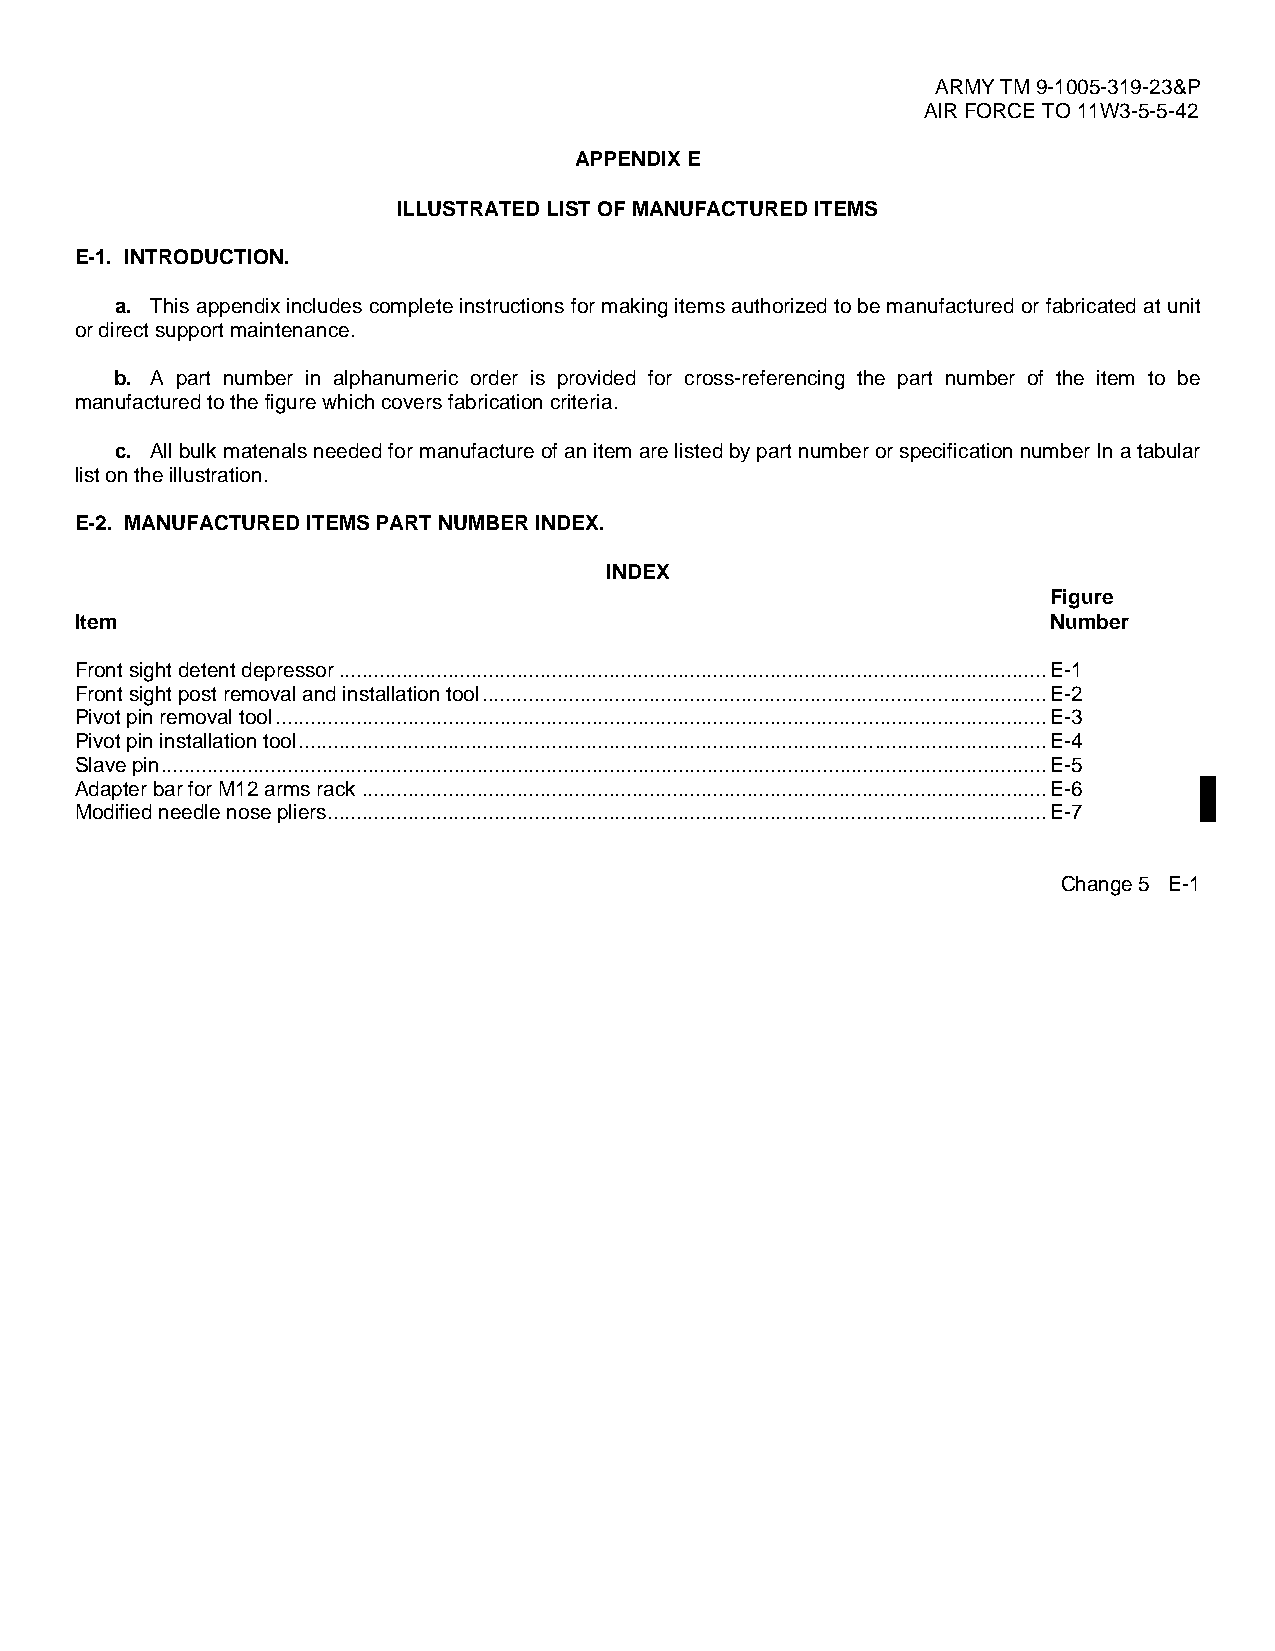
ARMY TM 9-1005-319-23&P
 AIR FORCE TO 11W3-5-5-42
 APPENDIX E
 ILLUSTRATED LIST OF MANUFACTURED ITEMS
 E-1. INTRODUCTION.
 a. This appendix includes complete instructions for making items authorized to be manufactured or fabricated at unit
 or direct support maintenance.
 b. A part number in alphanumeric order is provided for cross-referencing the part number of the item to be
 manufactured to the figure which covers fabrication criteria.
 c. All bulk matenals needed for manufacture of an item are listed by part number or specification number In a tabular
 list on the illustration.
 E-2. MANUFACTURED ITEMS PART NUMBER INDEX.
 INDEX
 Figure
 Item                                                             Number
 Front sight detent depressor...........................................................................................................................E-1
 Front sight post removal and installation tool..................................................................................................E-2
 Pivot pin removal tool......................................................................................................................................E-3
 Pivot pin installation tool..................................................................................................................................E-4
 Slave pin..........................................................................................................................................................E-5
 Adapter bar for M12 arms rack .......................................................................................................................E-6
 Modified needle nose pliers.............................................................................................................................E-7
 Change 5 E-1